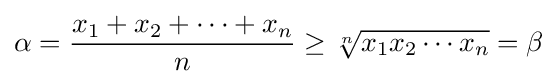
\alpha ={\frac {x_{1}+x_{2}+\cdots +x_{n}}{n}}\geq {\sqrt[{n}]{x_{1}x_{2}\cdots x_{n}}}=\beta